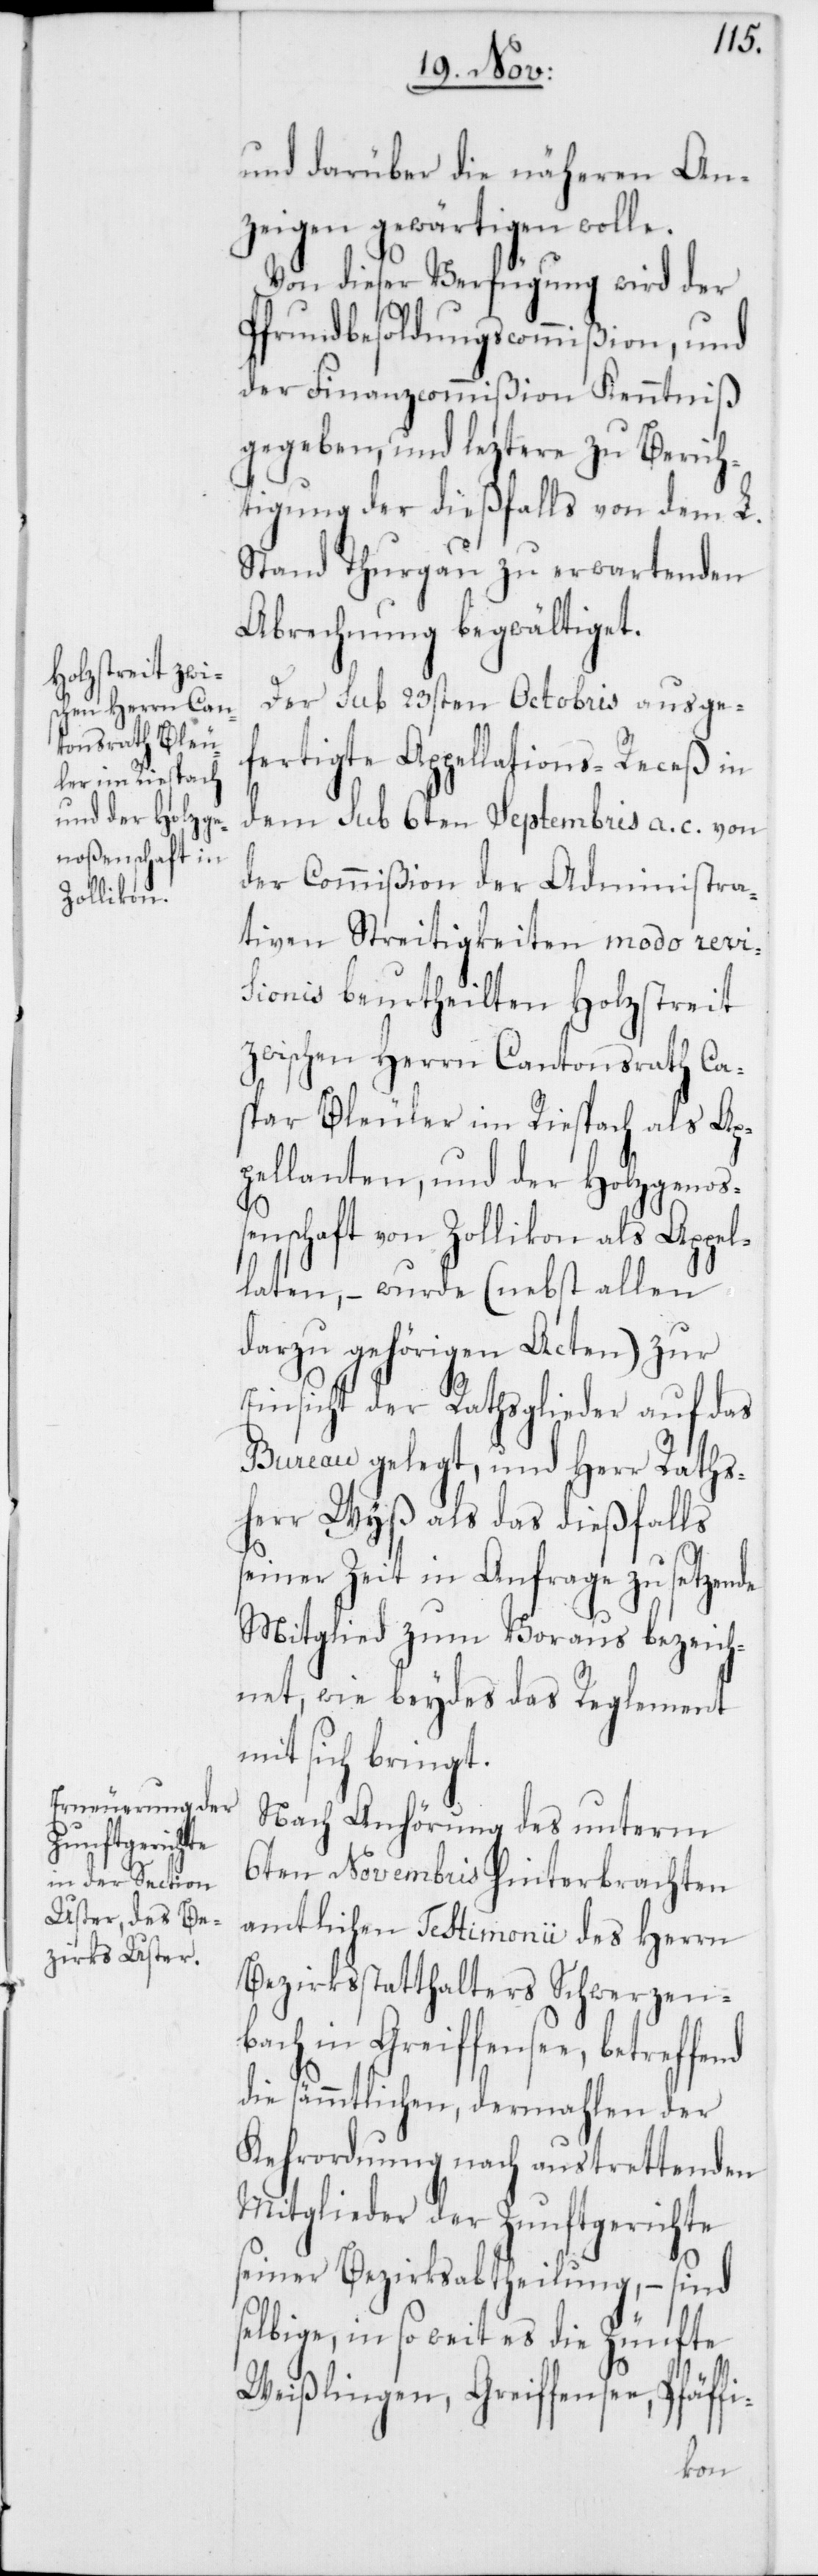
und darüber die näheren An¬
zeigen gewärtigen wolle.
Von dieser Verfügung wird der
Pfrundbesoldungscommißion, und
der Finanzcommißion Kenntniß
gegeben, und leztere zu Berich¬
tigung der dießfalls von dem L.
Stand Thurgau zu erwartenden
Abrechnung begwältiget.
Der sub 23sten Octobris ausge¬
fertigte Appellations-Receß in
dem sub 6ten Septembris a. c. von
der Commißion der Administra¬
tiven Streitigkeiten modo revi¬
sionis beurtheilten Holzstreit
zwischen Herrn Cantonsrath Ca¬
spar Bleuler im Riespach als Ap¬
pellanten, und der Holzgenoß¬
enschaft von Zollikon als Appel¬
laten, – wurde (nebst allen
darzu gehörigen Acten) zur
Einsicht der Rathsglieder auf das
Bureau gelegt, und Herr Raths¬
herr Wyß als das dießfalls
seiner Zeit in Anfrage zu setzende
Mitglied zum Voraus bezeich¬
net, wie beydes das Reglement
mit sich bringt.
Nach Anhörung des unterm
6ten Novembris hinterbrachten
amtlichen Testimonii des Herrn
Bezirksstatthalters Schwerzen¬
bach in Greiffensee,
die sämmtlichen, dermahlen der
Kehrordnung nach austrettenden
Mitglieder der Zunftgerichte
seiner Bezirksabtheilung, – sind
selbige, in so weit es die Zünfte
Weißlingen, Greiffensee, Pfäffi-